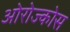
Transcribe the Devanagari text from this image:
ओरोज्कोस